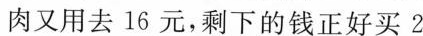
鱼用去15元，买肉又用去16元，剩下的钱正好买2